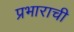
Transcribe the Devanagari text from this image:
प्रभाराची